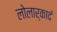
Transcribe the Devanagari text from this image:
लोलार्कादं